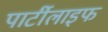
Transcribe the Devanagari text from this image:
पार्टीलाइफ